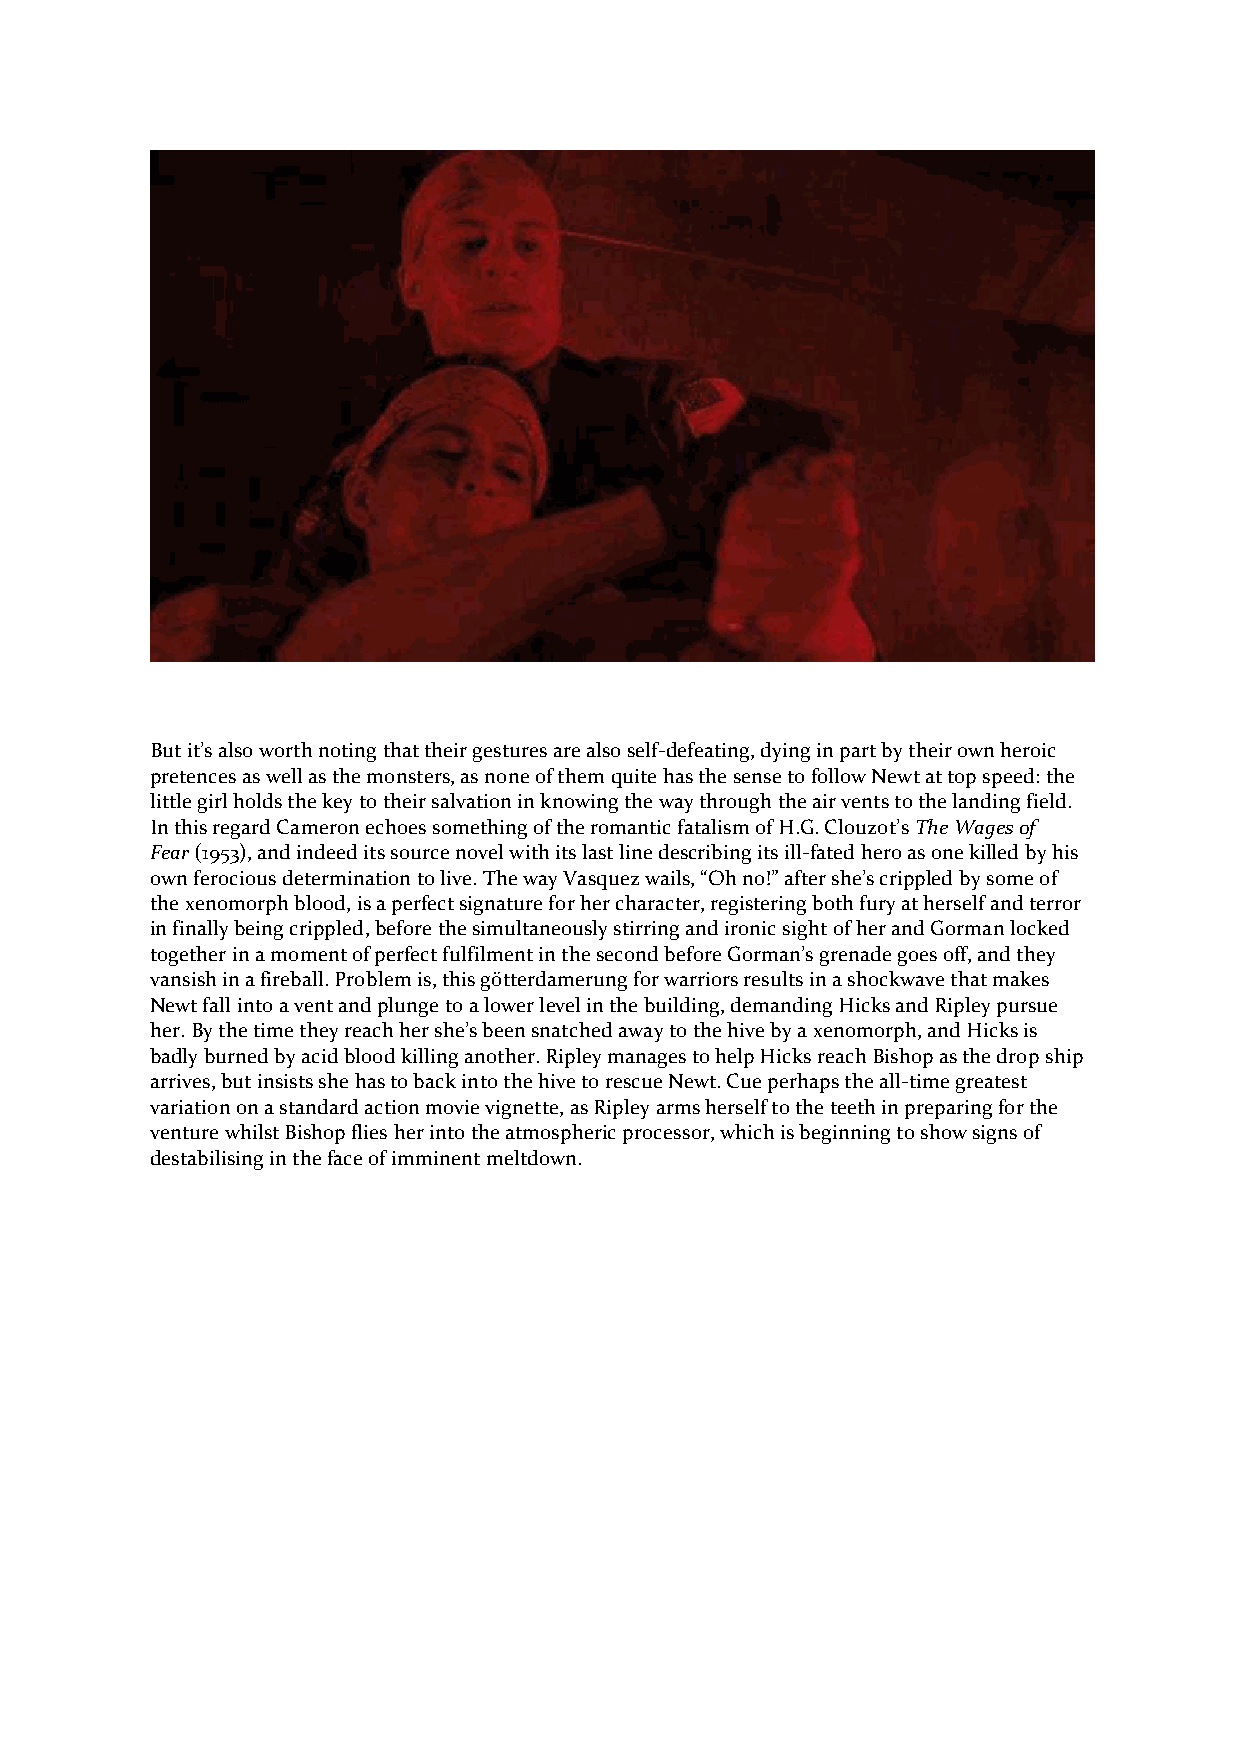
But it’s also worth noting that their gestures are also self-defeating, dying in part by their own heroic
 pretences as well as the monsters, as none of them quite has the sense to follow Newt at top speed: the
 little girl holds the key to their salvation in knowing the way through the air vents to the landing field.
 In this regard Cameron echoes something of the romantic fatalism of H.G. Clouzot’s The Wages of
 Fear (1953), and indeed its source novel with its last line describing its ill-fated hero as one killed by his
 own ferocious determination to live. The way Vasquez wails, “Oh no!” after she’s crippled by some of
 the xenomorph blood, is a perfect signature for her character, registering both fury at herself and terror
 in finally being crippled, before the simultaneously stirring and ironic sight of her and Gorman locked
 together in a moment of perfect fulfilment in the second before Gorman’s grenade goes off, and they
 vansish in a fireball. Problem is, this götterdamerung for warriors results in a shockwave that makes
 Newt fall into a vent and plunge to a lower level in the building, demanding Hicks and Ripley pursue
 her. By the time they reach her she’s been snatched away to the hive by a xenomorph, and Hicks is
 badly burned by acid blood killing another. Ripley manages to help Hicks reach Bishop as the drop ship
 arrives, but insists she has to back into the hive to rescue Newt. Cue perhaps the all-time greatest
 variation on a standard action movie vignette, as Ripley arms herself to the teeth in preparing for the
 venture whilst Bishop flies her into the atmospheric processor, which is beginning to show signs of
 destabilising in the face of imminent meltdown.